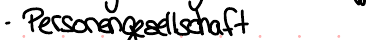
- Personengesellschaft